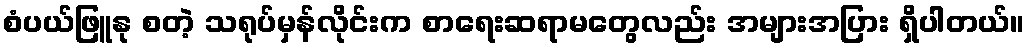
စံပယ်ဖြူနု စတဲ့ သရုပ်မှန်လိုင်းက စာရေးဆရာမတွေလည်း အများအပြား ရှိပါတယ်။